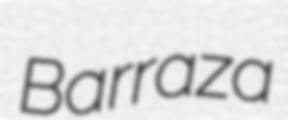
Barraza